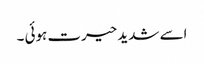
اسے شدید حیرت ہوئی ۔